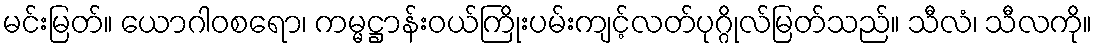
မင်းမြတ်။ ယောဂါဝစရော၊ ကမ္မဋ္ဌာန်းဝယ်ကြိုးပမ်းကျင့်လတ်ပုဂ္ဂိုလ်မြတ်သည်။ သီလံ၊ သီလကို။